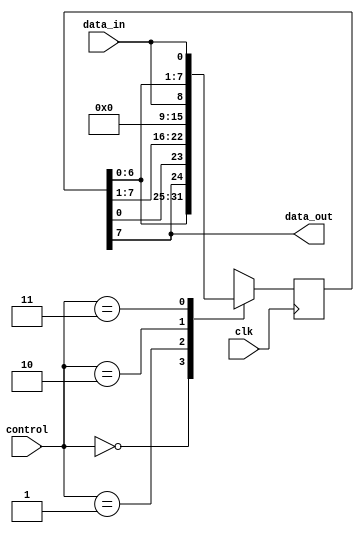
module shift_register(
    input wire clk,
    input wire [1:0] control,
    input wire data_in,
    output wire data_out
);

reg [7:0] register;

always @(posedge clk) begin
    case(control)
        2'b00: register <= {register[6:0], register[7]}; // Right shift
        2'b01: register <= {register[0], register[7:1]}; // Left shift
        2'b10: register <= data_in; // Parallel load
        2'b11: register <= {register[6:0], data_in}; // Serial input
    endcase
end

assign data_out = register[7];

endmodule